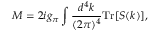
M = 2 i g _ { \pi } \int \frac { d ^ { 4 } k } { ( 2 \pi ) ^ { 4 } } \mathrm { T r } [ S ( k ) ] ,